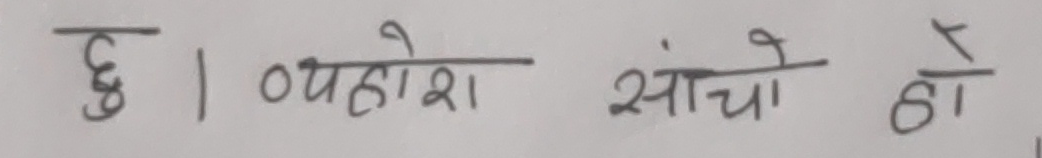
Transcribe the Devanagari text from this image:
छु । पेहोश साँचो हो